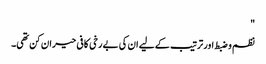
"
نظم و ضبط اور ترتیب کے لیے ان کی بے رخی کافی حیران کن تھی۔